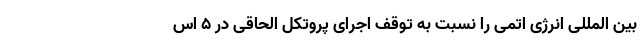
بین المللی انرژی اتمی را نسبت به توقف اجرای پروتکل الحاقی در ۵ اس